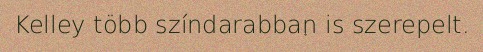
Kelley több színdarabban is szerepelt.